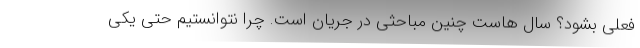
فعلی بشود؟ سال هاست چنین مباحثی در جریان است. چرا نتوانستیم حتی یکی